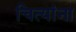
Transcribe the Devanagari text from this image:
चित्यांना